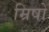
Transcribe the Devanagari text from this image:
म्रिषो